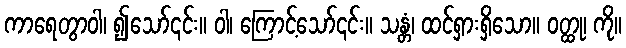
ကာရေတွာဝါ၊ ၍သော်၎င်း။ ဝါ၊ ကြောင့်သော်၎င်း။ သန္တံ၊ ထင်ရှားရှိသော။ ဝတ္ထု၊ ကို။